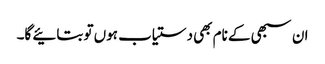
ان سبھی کے نام بھی دستیاب ہوں تو بتائیے گا۔